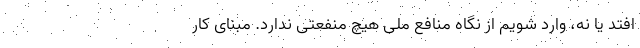
افتد یا نه، وارد شویم از نگاه منافع ملی هیچ منفعتی ندارد. مبنای کار